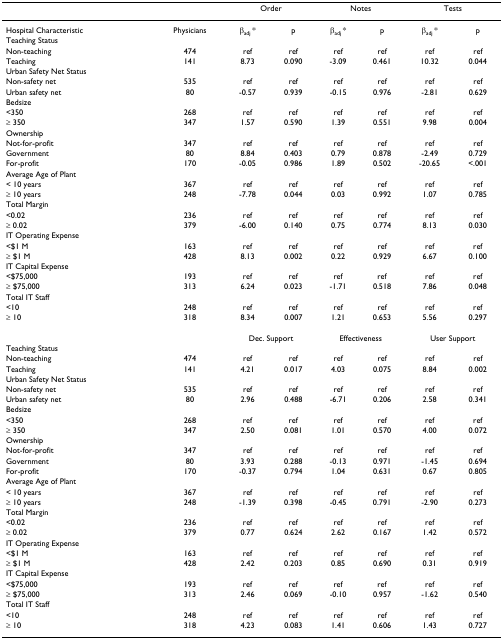
<table><thead><tr><td></td><td></td><td colspan="2"><b>Order</b></td><td colspan="2"><b>Notes</b></td><td colspan="2"><b>Tests</b></td></tr></thead><tbody><tr><td>Hospital Characteristic</td><td>Physicians</td><td>β<sub>adj </sub>*</td><td>p</td><td>β<sub>adj </sub>*</td><td>p</td><td>β<sub>adj </sub>*</td><td>p</td></tr><tr><td>Teaching Status</td><td></td><td></td><td></td><td></td><td></td><td></td><td></td></tr><tr><td>Non-teaching</td><td>474</td><td>ref</td><td>ref</td><td>ref</td><td>ref</td><td>ref</td><td>ref</td></tr><tr><td>Teaching</td><td>141</td><td>8.73</td><td>0.090</td><td>-3.09</td><td>0.461</td><td>10.32</td><td>0.044</td></tr><tr><td>Urban Safety Net Status</td><td></td><td></td><td></td><td></td><td></td><td></td><td></td></tr><tr><td>Non-safety net</td><td>535</td><td>ref</td><td>ref</td><td>ref</td><td>ref</td><td>ref</td><td>ref</td></tr><tr><td>Urban safety net</td><td>80</td><td>-0.57</td><td>0.939</td><td>-0.15</td><td>0.976</td><td>-2.81</td><td>0.629</td></tr><tr><td>Bedsize</td><td></td><td></td><td></td><td></td><td></td><td></td><td></td></tr><tr><td>&lt;350</td><td>268</td><td>ref</td><td>ref</td><td>ref</td><td>ref</td><td>ref</td><td>ref</td></tr><tr><td>≥ 350</td><td>347</td><td>1.57</td><td>0.590</td><td>1.39</td><td>0.551</td><td>9.98</td><td>0.004</td></tr><tr><td>Ownership</td><td></td><td></td><td></td><td></td><td></td><td></td><td></td></tr><tr><td>Not-for-profit</td><td>347</td><td>ref</td><td>ref</td><td>ref</td><td>ref</td><td>ref</td><td>ref</td></tr><tr><td>Government</td><td>80</td><td>8.84</td><td>0.403</td><td>0.79</td><td>0.878</td><td>-2.49</td><td>0.729</td></tr><tr><td>For-profit</td><td>170</td><td>-0.05</td><td>0.986</td><td>1.89</td><td>0.502</td><td>-20.65</td><td>&lt;.001</td></tr><tr><td>Average Age of Plant</td><td></td><td></td><td></td><td></td><td></td><td></td><td></td></tr><tr><td>&lt; 10 years</td><td>367</td><td>ref</td><td>ref</td><td>ref</td><td>ref</td><td>ref</td><td>ref</td></tr><tr><td>≥ 10 years</td><td>248</td><td>-7.78</td><td>0.044</td><td>0.03</td><td>0.992</td><td>1.07</td><td>0.785</td></tr><tr><td>Total Margin</td><td></td><td></td><td></td><td></td><td></td><td></td><td></td></tr><tr><td>&lt;0.02</td><td>236</td><td>ref</td><td>ref</td><td>ref</td><td>ref</td><td>ref</td><td>ref</td></tr><tr><td>≥ 0.02</td><td>379</td><td>-6.00</td><td>0.140</td><td>0.75</td><td>0.774</td><td>8.13</td><td>0.030</td></tr><tr><td>IT Operating Expense</td><td></td><td></td><td></td><td></td><td></td><td></td><td></td></tr><tr><td>&lt;$1 M</td><td>163</td><td>ref</td><td>ref</td><td>ref</td><td>ref</td><td>ref</td><td>ref</td></tr><tr><td>≥ $1 M</td><td>428</td><td>8.13</td><td>0.002</td><td>0.22</td><td>0.929</td><td>6.67</td><td>0.100</td></tr><tr><td>IT Capital Expense</td><td></td><td></td><td></td><td></td><td></td><td></td><td></td></tr><tr><td>&lt;$75,000</td><td>193</td><td>ref</td><td>ref</td><td>ref</td><td>ref</td><td>ref</td><td>ref</td></tr><tr><td>≥ $75,000</td><td>313</td><td>6.24</td><td>0.023</td><td>-1.71</td><td>0.518</td><td>7.86</td><td>0.048</td></tr><tr><td>Total IT Staff</td><td></td><td></td><td></td><td></td><td></td><td></td><td></td></tr><tr><td>&lt;10</td><td>248</td><td>ref</td><td>ref</td><td>ref</td><td>ref</td><td>ref</td><td>ref</td></tr><tr><td>≥ 10</td><td>318</td><td>8.34</td><td>0.007</td><td>1.21</td><td>0.653</td><td>5.56</td><td>0.297</td></tr><tr><td></td><td></td><td colspan="2">Dec. Support</td><td colspan="2">Effectiveness</td><td colspan="2">User Support</td></tr><tr><td>Teaching Status</td><td></td><td></td><td></td><td></td><td></td><td></td><td></td></tr><tr><td>Non-teaching</td><td>474</td><td>ref</td><td>ref</td><td>ref</td><td>ref</td><td>ref</td><td>ref</td></tr><tr><td>Teaching</td><td>141</td><td>4.21</td><td>0.017</td><td>4.03</td><td>0.075</td><td>8.84</td><td>0.002</td></tr><tr><td>Urban Safety Net Status</td><td></td><td></td><td></td><td></td><td></td><td></td><td></td></tr><tr><td>Non-safety net</td><td>535</td><td>ref</td><td>ref</td><td>ref</td><td>ref</td><td>ref</td><td>ref</td></tr><tr><td>Urban safety net</td><td>80</td><td>2.96</td><td>0.488</td><td>-6.71</td><td>0.206</td><td>2.58</td><td>0.341</td></tr><tr><td>Bedsize</td><td></td><td></td><td></td><td></td><td></td><td></td><td></td></tr><tr><td>&lt;350</td><td>268</td><td>ref</td><td>ref</td><td>ref</td><td>ref</td><td>ref</td><td>ref</td></tr><tr><td>≥ 350</td><td>347</td><td>2.50</td><td>0.081</td><td>1.01</td><td>0.570</td><td>4.00</td><td>0.072</td></tr><tr><td>Ownership</td><td></td><td></td><td></td><td></td><td></td><td></td><td></td></tr><tr><td>Not-for-profit</td><td>347</td><td>ref</td><td>ref</td><td>ref</td><td>ref</td><td>ref</td><td>ref</td></tr><tr><td>Government</td><td>80</td><td>3.93</td><td>0.288</td><td>-0.13</td><td>0.971</td><td>-1.45</td><td>0.694</td></tr><tr><td>For-profit</td><td>170</td><td>-0.37</td><td>0.794</td><td>1.04</td><td>0.631</td><td>0.67</td><td>0.805</td></tr><tr><td>Average Age of Plant</td><td></td><td></td><td></td><td></td><td></td><td></td><td></td></tr><tr><td>&lt; 10 years</td><td>367</td><td>ref</td><td>ref</td><td>ref</td><td>ref</td><td>ref</td><td>ref</td></tr><tr><td>≥ 10 years</td><td>248</td><td>-1.39</td><td>0.398</td><td>-0.45</td><td>0.791</td><td>-2.90</td><td>0.273</td></tr><tr><td>Total Margin</td><td></td><td></td><td></td><td></td><td></td><td></td><td></td></tr><tr><td>&lt;0.02</td><td>236</td><td>ref</td><td>ref</td><td>ref</td><td>ref</td><td>ref</td><td>ref</td></tr><tr><td>≥ 0.02</td><td>379</td><td>0.77</td><td>0.624</td><td>2.62</td><td>0.167</td><td>1.42</td><td>0.572</td></tr><tr><td>IT Operating Expense</td><td></td><td></td><td></td><td></td><td></td><td></td><td></td></tr><tr><td>&lt;$1 M</td><td>163</td><td>ref</td><td>ref</td><td>ref</td><td>ref</td><td>ref</td><td>ref</td></tr><tr><td>≥ $1 M</td><td>428</td><td>2.42</td><td>0.203</td><td>0.85</td><td>0.690</td><td>0.31</td><td>0.919</td></tr><tr><td>IT Capital Expense</td><td></td><td></td><td></td><td></td><td></td><td></td><td></td></tr><tr><td>&lt;$75,000</td><td>193</td><td>ref</td><td>ref</td><td>ref</td><td>ref</td><td>ref</td><td>ref</td></tr><tr><td>≥ $75,000</td><td>313</td><td>2.46</td><td>0.069</td><td>-0.10</td><td>0.957</td><td>-1.62</td><td>0.540</td></tr><tr><td>Total IT Staff</td><td></td><td></td><td></td><td></td><td></td><td></td><td></td></tr><tr><td>&lt;10</td><td>248</td><td>ref</td><td>ref</td><td>ref</td><td>ref</td><td>ref</td><td>ref</td></tr><tr><td>≥ 10</td><td>318</td><td>4.23</td><td>0.083</td><td>1.41</td><td>0.606</td><td>1.43</td><td>0.727</td></tr></tbody></table>